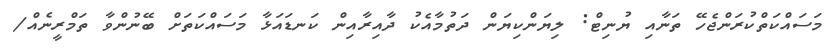
މަސައްކަތްކުރަންޖެހޭ ތަނާއި ޔުނިޓް: ލިޔަންކިޔަން ދަތުމާއެކު ދާއިރާއިން ކަނޑައަޅާ މަސައްކަތަށް ބޭނުންވާ ތަމްރީނެއް/